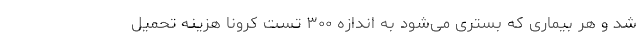
شد و هر بیماری که بستری می‌شود به اندازه ۳۰۰ تست کرونا هزینه تحمیل